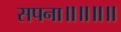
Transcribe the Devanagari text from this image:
सपना॥॥॥॥